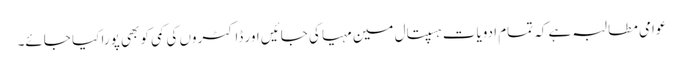
عوامی مطالبہ ہے کہ تمام ادویات ہسپتال مین مہیا کی جائیں اور ڈاکٹروں کی کمی کو بھی پورا کیا جائے۔